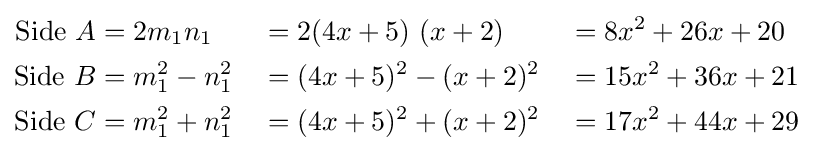
{\begin{aligned}{\text{Side }}A&=2m_{1}n_{1}&&=2(4x+5){\text{ }}(x+2)&&=8x^{2}+26x+20\\{\text{Side }}B&=m_{1}^{2}-n_{1}^{2}&&=(4x+5)^{2}-(x+2)^{2}&&=15x^{2}+36x+21\\{\text{Side }}C&=m_{1}^{2}+n_{1}^{2}&&=(4x+5)^{2}+(x+2)^{2}&&=17x^{2}+44x+29\end{aligned}}